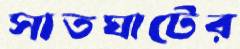
সাতঘাটের